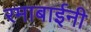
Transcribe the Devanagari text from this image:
रमाबाईनी